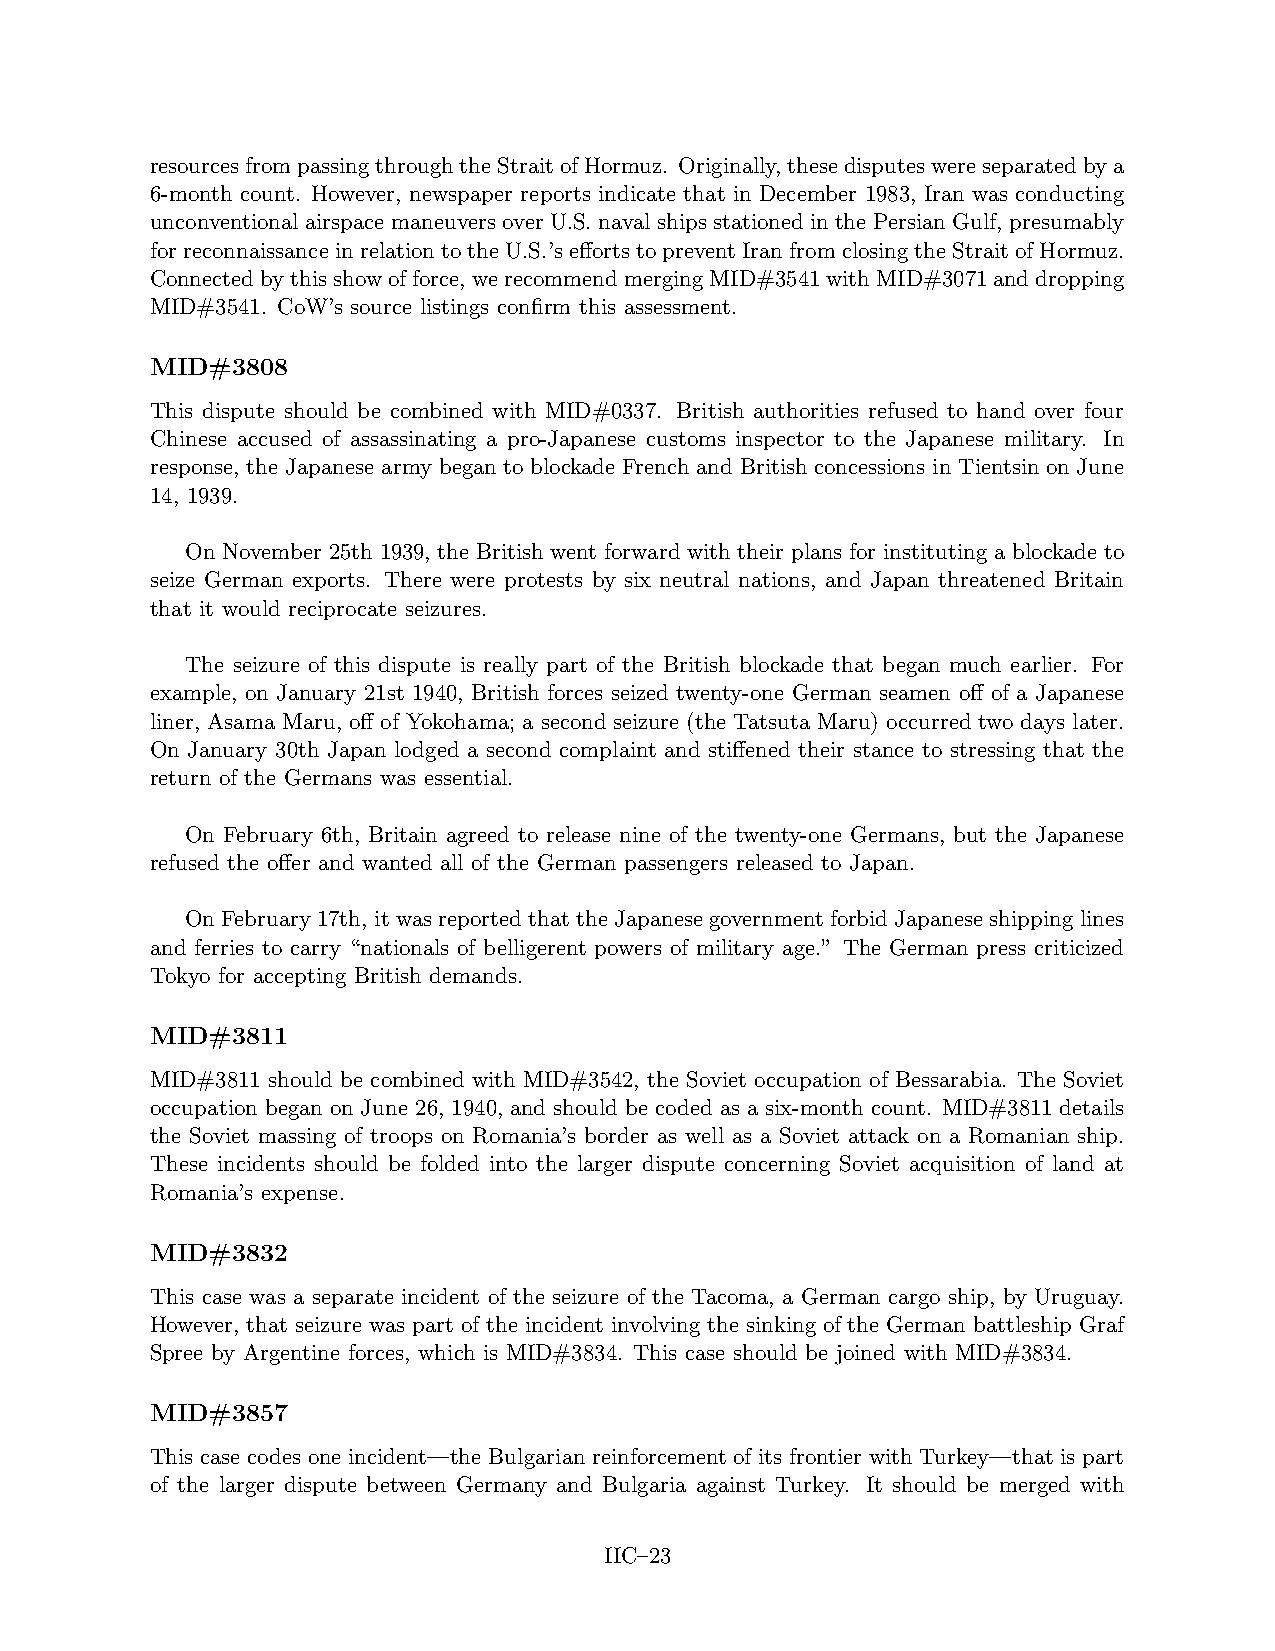
resourcesfrompassingthroughtheStraitofHormuz. Originally,thesedisputeswereseparatedbya
 6-month count. However, newspaper reports indicate that in December 1983, Iran was conducting
 unconventional airspace maneuvers over U.S. naval ships stationed in the Persian Gulf, presumably
 forreconnaissanceinrelationtotheU.S.’seffortstopreventIranfromclosingtheStraitofHormuz.
 Connectedbythisshowofforce, werecommendmergingMID#3541withMID#3071anddropping
 MID#3541. CoW’s source listings confirm this assessment.
 MID#3808
 This dispute should be combined with MID#0337. British authorities refused to hand over four
 Chinese accused of assassinating a pro-Japanese customs inspector to the Japanese military. In
 response, the Japanese army began to blockade French and British concessions in Tientsin on June
 14, 1939.
 On November 25th 1939, the British went forward with their plans for instituting a blockade to
 seize German exports. There were protests by six neutral nations, and Japan threatened Britain
 that it would reciprocate seizures.
 The seizure of this dispute is really part of the British blockade that began much earlier. For
 example, on January 21st 1940, British forces seized twenty-one German seamen off of a Japanese
 liner, Asama Maru, off of Yokohama; a second seizure (the Tatsuta Maru) occurred two days later.
 On January 30th Japan lodged a second complaint and stiffened their stance to stressing that the
 return of the Germans was essential.
 On February 6th, Britain agreed to release nine of the twenty-one Germans, but the Japanese
 refused the offer and wanted all of the German passengers released to Japan.
 On February 17th, it was reported that the Japanese government forbid Japanese shipping lines
 and ferries to carry “nationals of belligerent powers of military age.” The German press criticized
 Tokyo for accepting British demands.
 MID#3811
 MID#3811 should be combined with MID#3542, the Soviet occupation of Bessarabia. The Soviet
 occupation began on June 26, 1940, and should be coded as a six-month count. MID#3811 details
 the Soviet massing of troops on Romania’s border as well as a Soviet attack on a Romanian ship.
 These incidents should be folded into the larger dispute concerning Soviet acquisition of land at
 Romania’s expense.
 MID#3832
 This case was a separate incident of the seizure of the Tacoma, a German cargo ship, by Uruguay.
 However, that seizure was part of the incident involving the sinking of the German battleship Graf
 Spree by Argentine forces, which is MID#3834. This case should be joined with MID#3834.
 MID#3857
 This case codes one incident—the Bulgarian reinforcement of its frontier with Turkey—that is part
 of the larger dispute between Germany and Bulgaria against Turkey. It should be merged with
 IIC–23